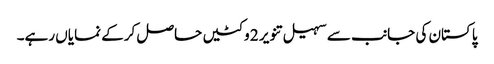
پاکستان کی جانب سے سہیل تنویر 2 وکٹیں حاصل کرکے نمایاں رہے۔